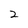
Character: 2